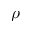
\rho